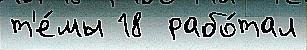
т'е́мы 18  рабо́тал